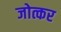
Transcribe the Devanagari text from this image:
जोत्कर